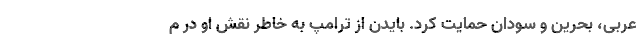
عربی، بحرین و سودان حمایت کرد. بایدن از ترامپ به خاطر نقش او در م